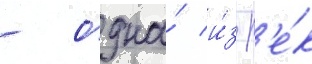
- одна́ и́з р'е́к